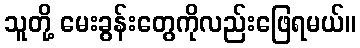
သူတို့ မေးခွန်းတွေကိုလည်းဖြေရမယ်။